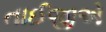
તાઈજીએ